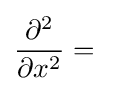
{\frac {\partial ^{2}}{\partial x^{2}}}={}